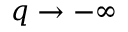
q \to - \infty